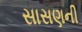
સાસણની